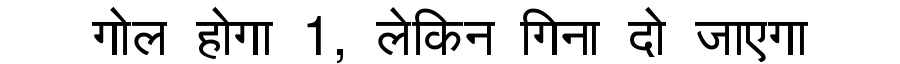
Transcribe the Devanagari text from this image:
गोल होगा 1, लेकिन गिना दो जाएगा